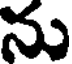
ను